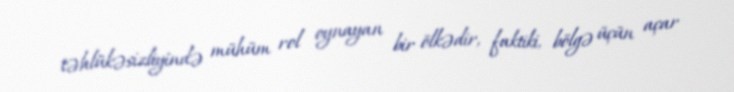
təhlükəsizliyində mühüm rol oynayan bir ölkədir, faktiki, bölgə üçün açar